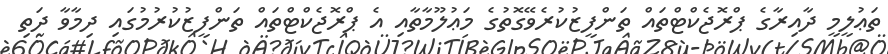
ތަޢުލީމީ ދާއިރާގެ ޕްރޮޖެކްޓްތައް ތަންފީޒުކުރެވޭގޮތުގެ މަޢުލޫމާތާއި އެ ޕްރޮޖެކްޓްތައް ތަންފީޒުކުރުމުގައި ދިމާވާ ދަތި